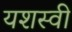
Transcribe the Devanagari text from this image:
यशस्‍वी